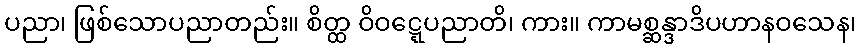
ပညာ၊ ဖြစ်သောပညာတည်း။ စိတ္ထ ဝိဝဋ္ဋေပညာတိ၊ ကား။ ကာမစ္ဆန္ဒာဒိပဟာနဝသေန၊